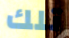
تلك